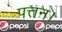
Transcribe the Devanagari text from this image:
पत्तन।